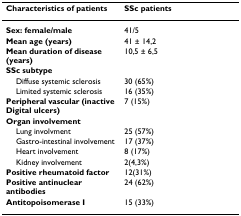
<table><thead><tr><td><b>Characteristics of patients</b></td><td><b>SSc patients</b></td></tr></thead><tbody><tr><td><b>Sex: female/male</b></td><td>41/5</td></tr><tr><td><b>Mean age (years)</b></td><td>41 ± 14,2</td></tr><tr><td><b>Mean duration of disease (years)</b></td><td>10,5 ± 6,5</td></tr><tr><td><b>SSc subtype</b></td><td></td></tr><tr><td> Diffuse systemic sclerosis</td><td>30 (65%)</td></tr><tr><td> Limited systemic sclerosis</td><td>16 (35%)</td></tr><tr><td><b>Peripheral vascular (inactive Digital ulcers)</b></td><td>7 (15%)</td></tr><tr><td><b>Organ involvement</b></td><td></td></tr><tr><td> Lung involvment</td><td>25 (57%)</td></tr><tr><td> Gastro-intestinal involvement</td><td>17 (37%)</td></tr><tr><td> Heart involvement</td><td>8 (17%)</td></tr><tr><td> Kidney involvement</td><td>2(4,3%)</td></tr><tr><td><b>Positive rheumatoid factor</b></td><td>12(31%)</td></tr><tr><td><b>Positive antinuclear antibodies</b></td><td>24 (62%)</td></tr><tr><td><b>Antitopoisomerase I</b></td><td>15 (33%)</td></tr></tbody></table>